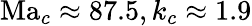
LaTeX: \mathrm{Ma}_{c}\approx 87.5,k_{c}\approx 1.9